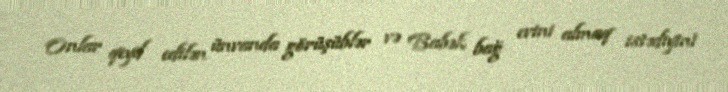
Onlar qeyd edilən ünvanda görüşüblər və Babək bağ evini almaq istədiyini